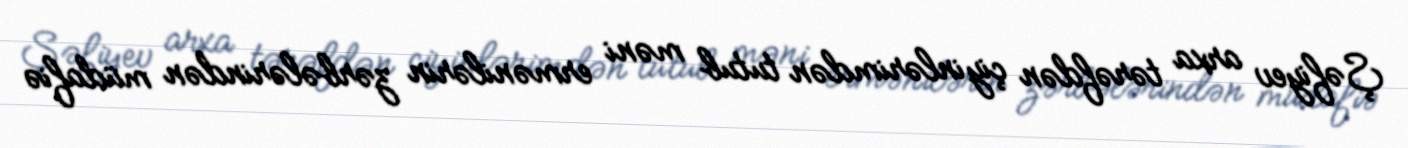
Şəfiyev arxa tərəfdən çiyinlərimdən tutub məni ermənilərin zərbələrindən müdafiə